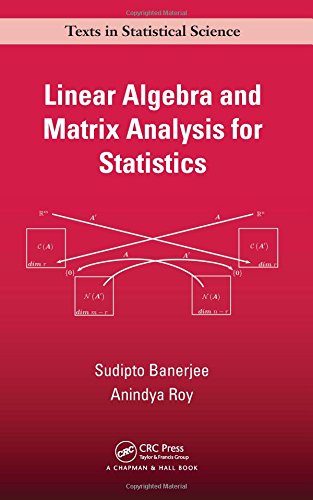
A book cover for Linear Algebra and Matrix Analysis for Statistics (Chapman & Hall/CRC Texts in Statistical Science); Sudipto Banerjee; Science & Math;